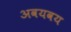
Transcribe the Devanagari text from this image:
अवयवय